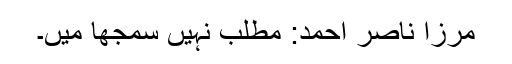
مرزا ناصر احمد: مطلب نہیں سمجھا میں۔